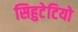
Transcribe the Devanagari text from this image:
सिहुटेटियो